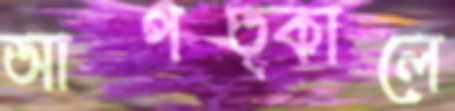
আপত্কালে